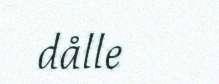
dålle